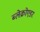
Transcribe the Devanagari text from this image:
ब्लेक्रोएडर